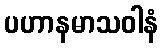
ပဟာနမာသဝါနံ